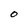
Character: O